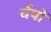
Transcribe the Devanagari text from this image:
र्वषों